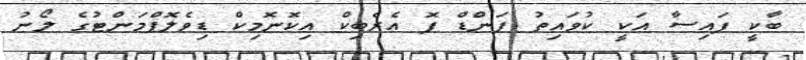
ބާކީ ފައިސާ އަކީ ކުވައިތު ފަންޑް ފޮ އެރެބިކް އިކޮނޮމިކް ޑިވެލޮޕްމަންޓުގެ ލޯނު